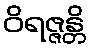
ဝိရဇ္ဇန္တိ